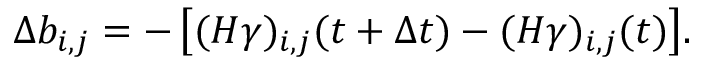
\Delta b _ { i , j } = - \left[ ( H \gamma ) _ { i , j } ( t + \Delta t ) - ( H \gamma ) _ { i , j } ( t ) \right] \! .